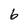
Character: 6